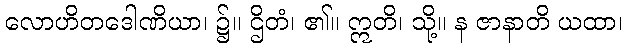
လောဟိတဒေါဏိယာ၊ ၌။ ဌိတံ၊ ၏။ ဣတိ၊ သို့။ န ဇာနာတိ ယထာ၊